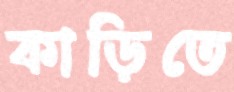
কাড়িতে